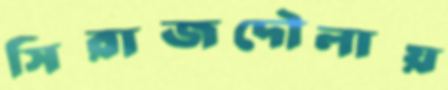
সিরাজদৌলায়